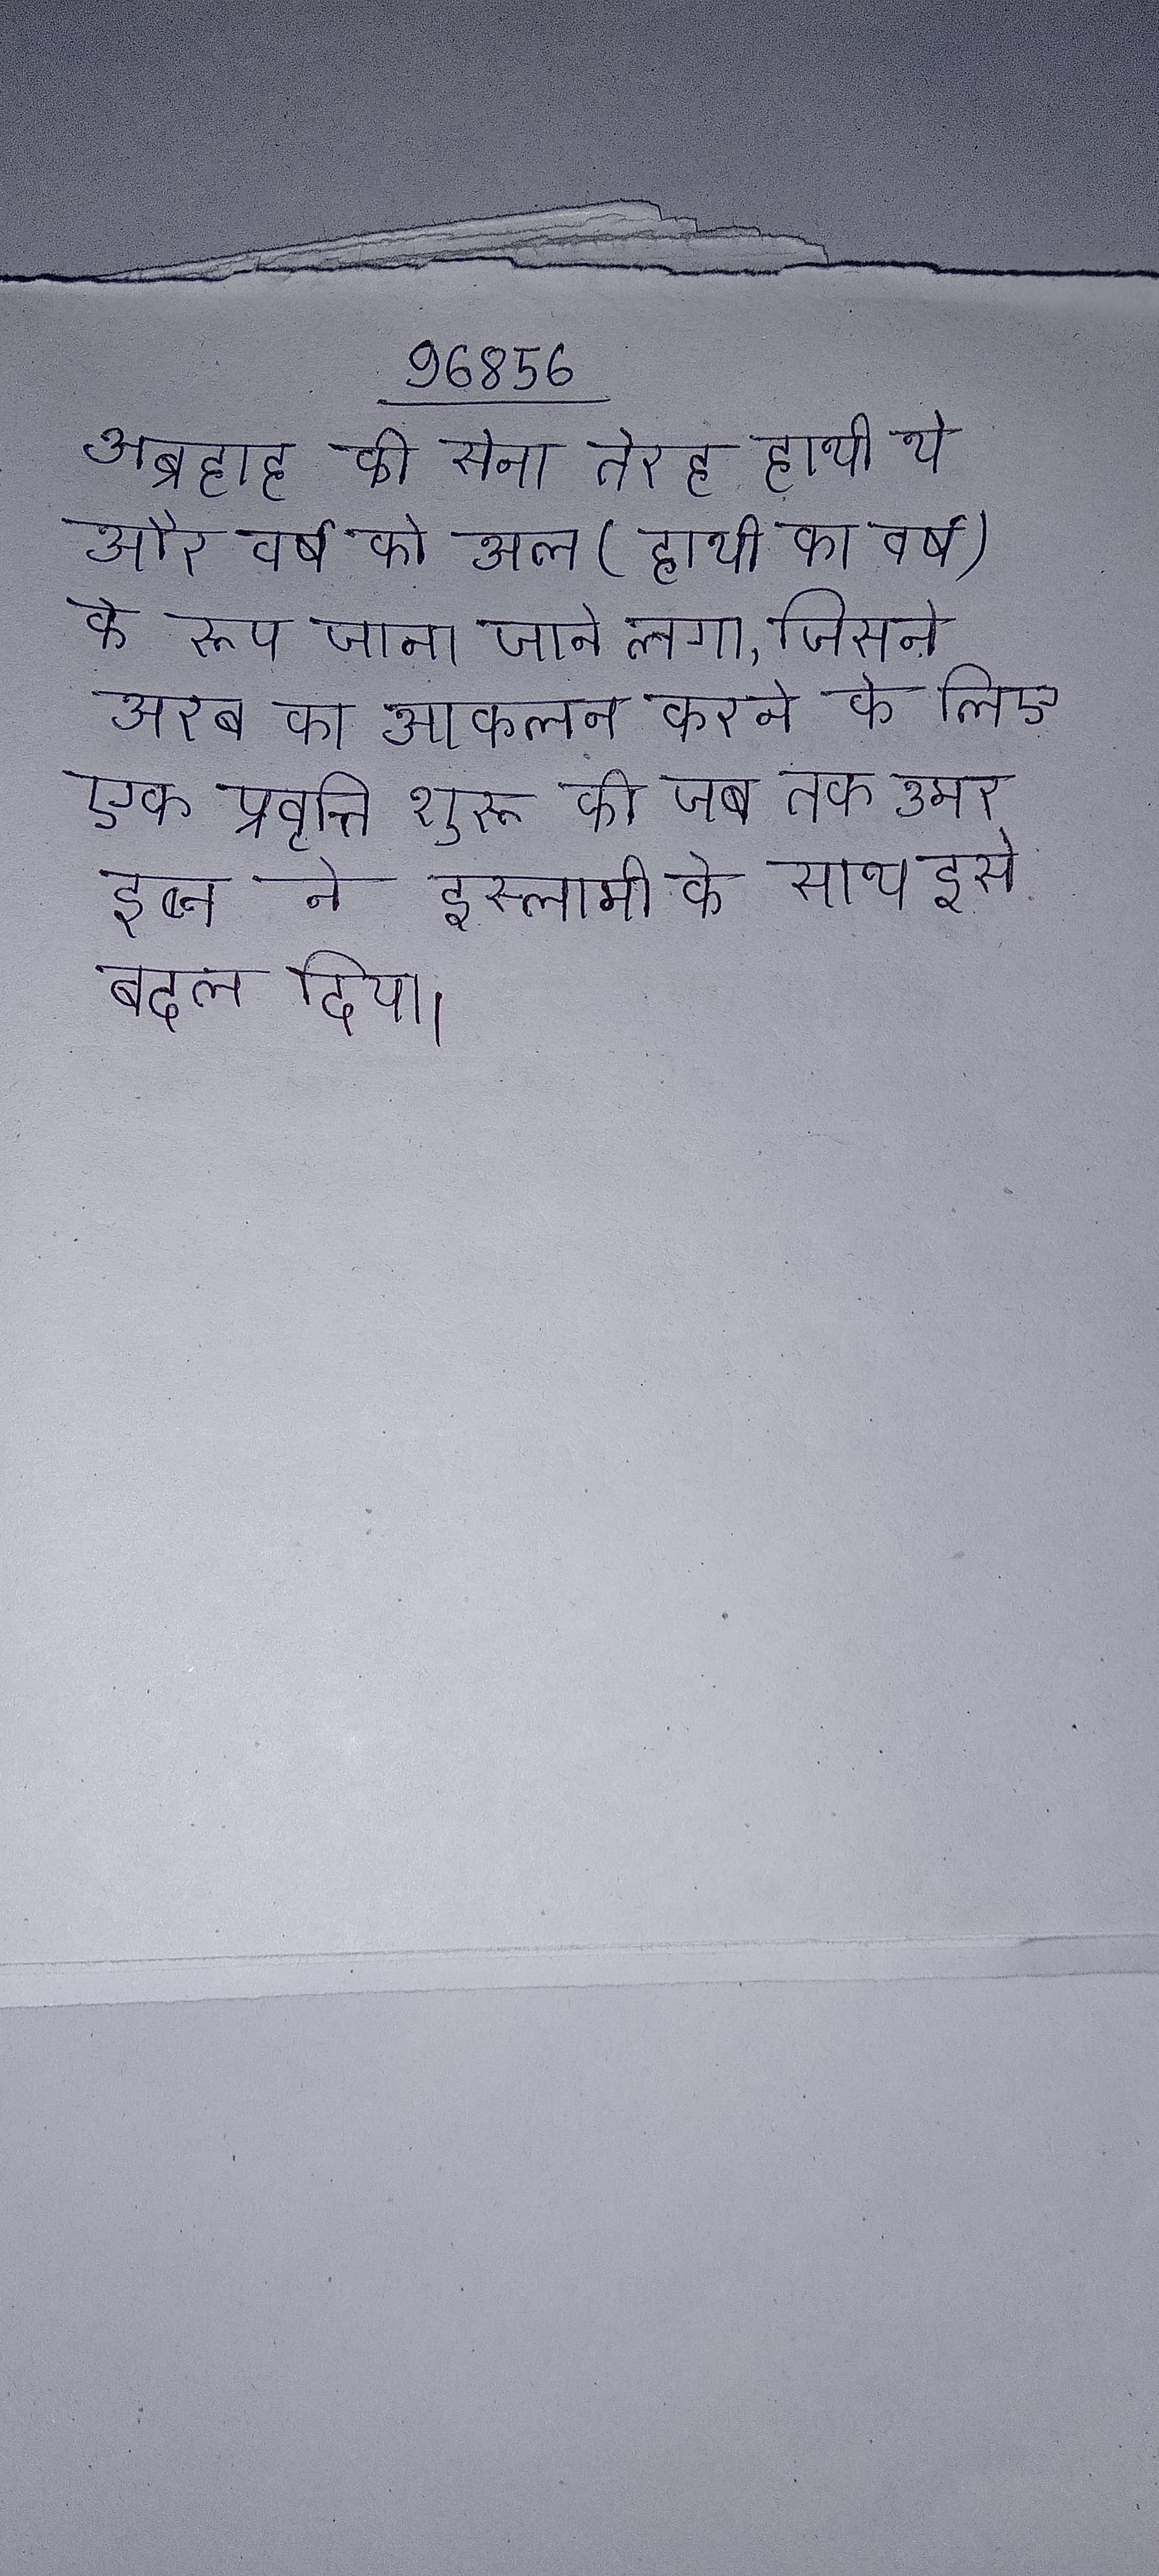
अब्रहाह की सेना तेरह हाथी थे और वर्ष को अल (हाथी का वर्ष) के रूप जाना जाने लगा, जिसने अरब का आकलन करने के लिए एक प्रवृत्ति शुरू की जब तक उमर इब्न ने इस्लामी के साथ इसे बदल दिया ।